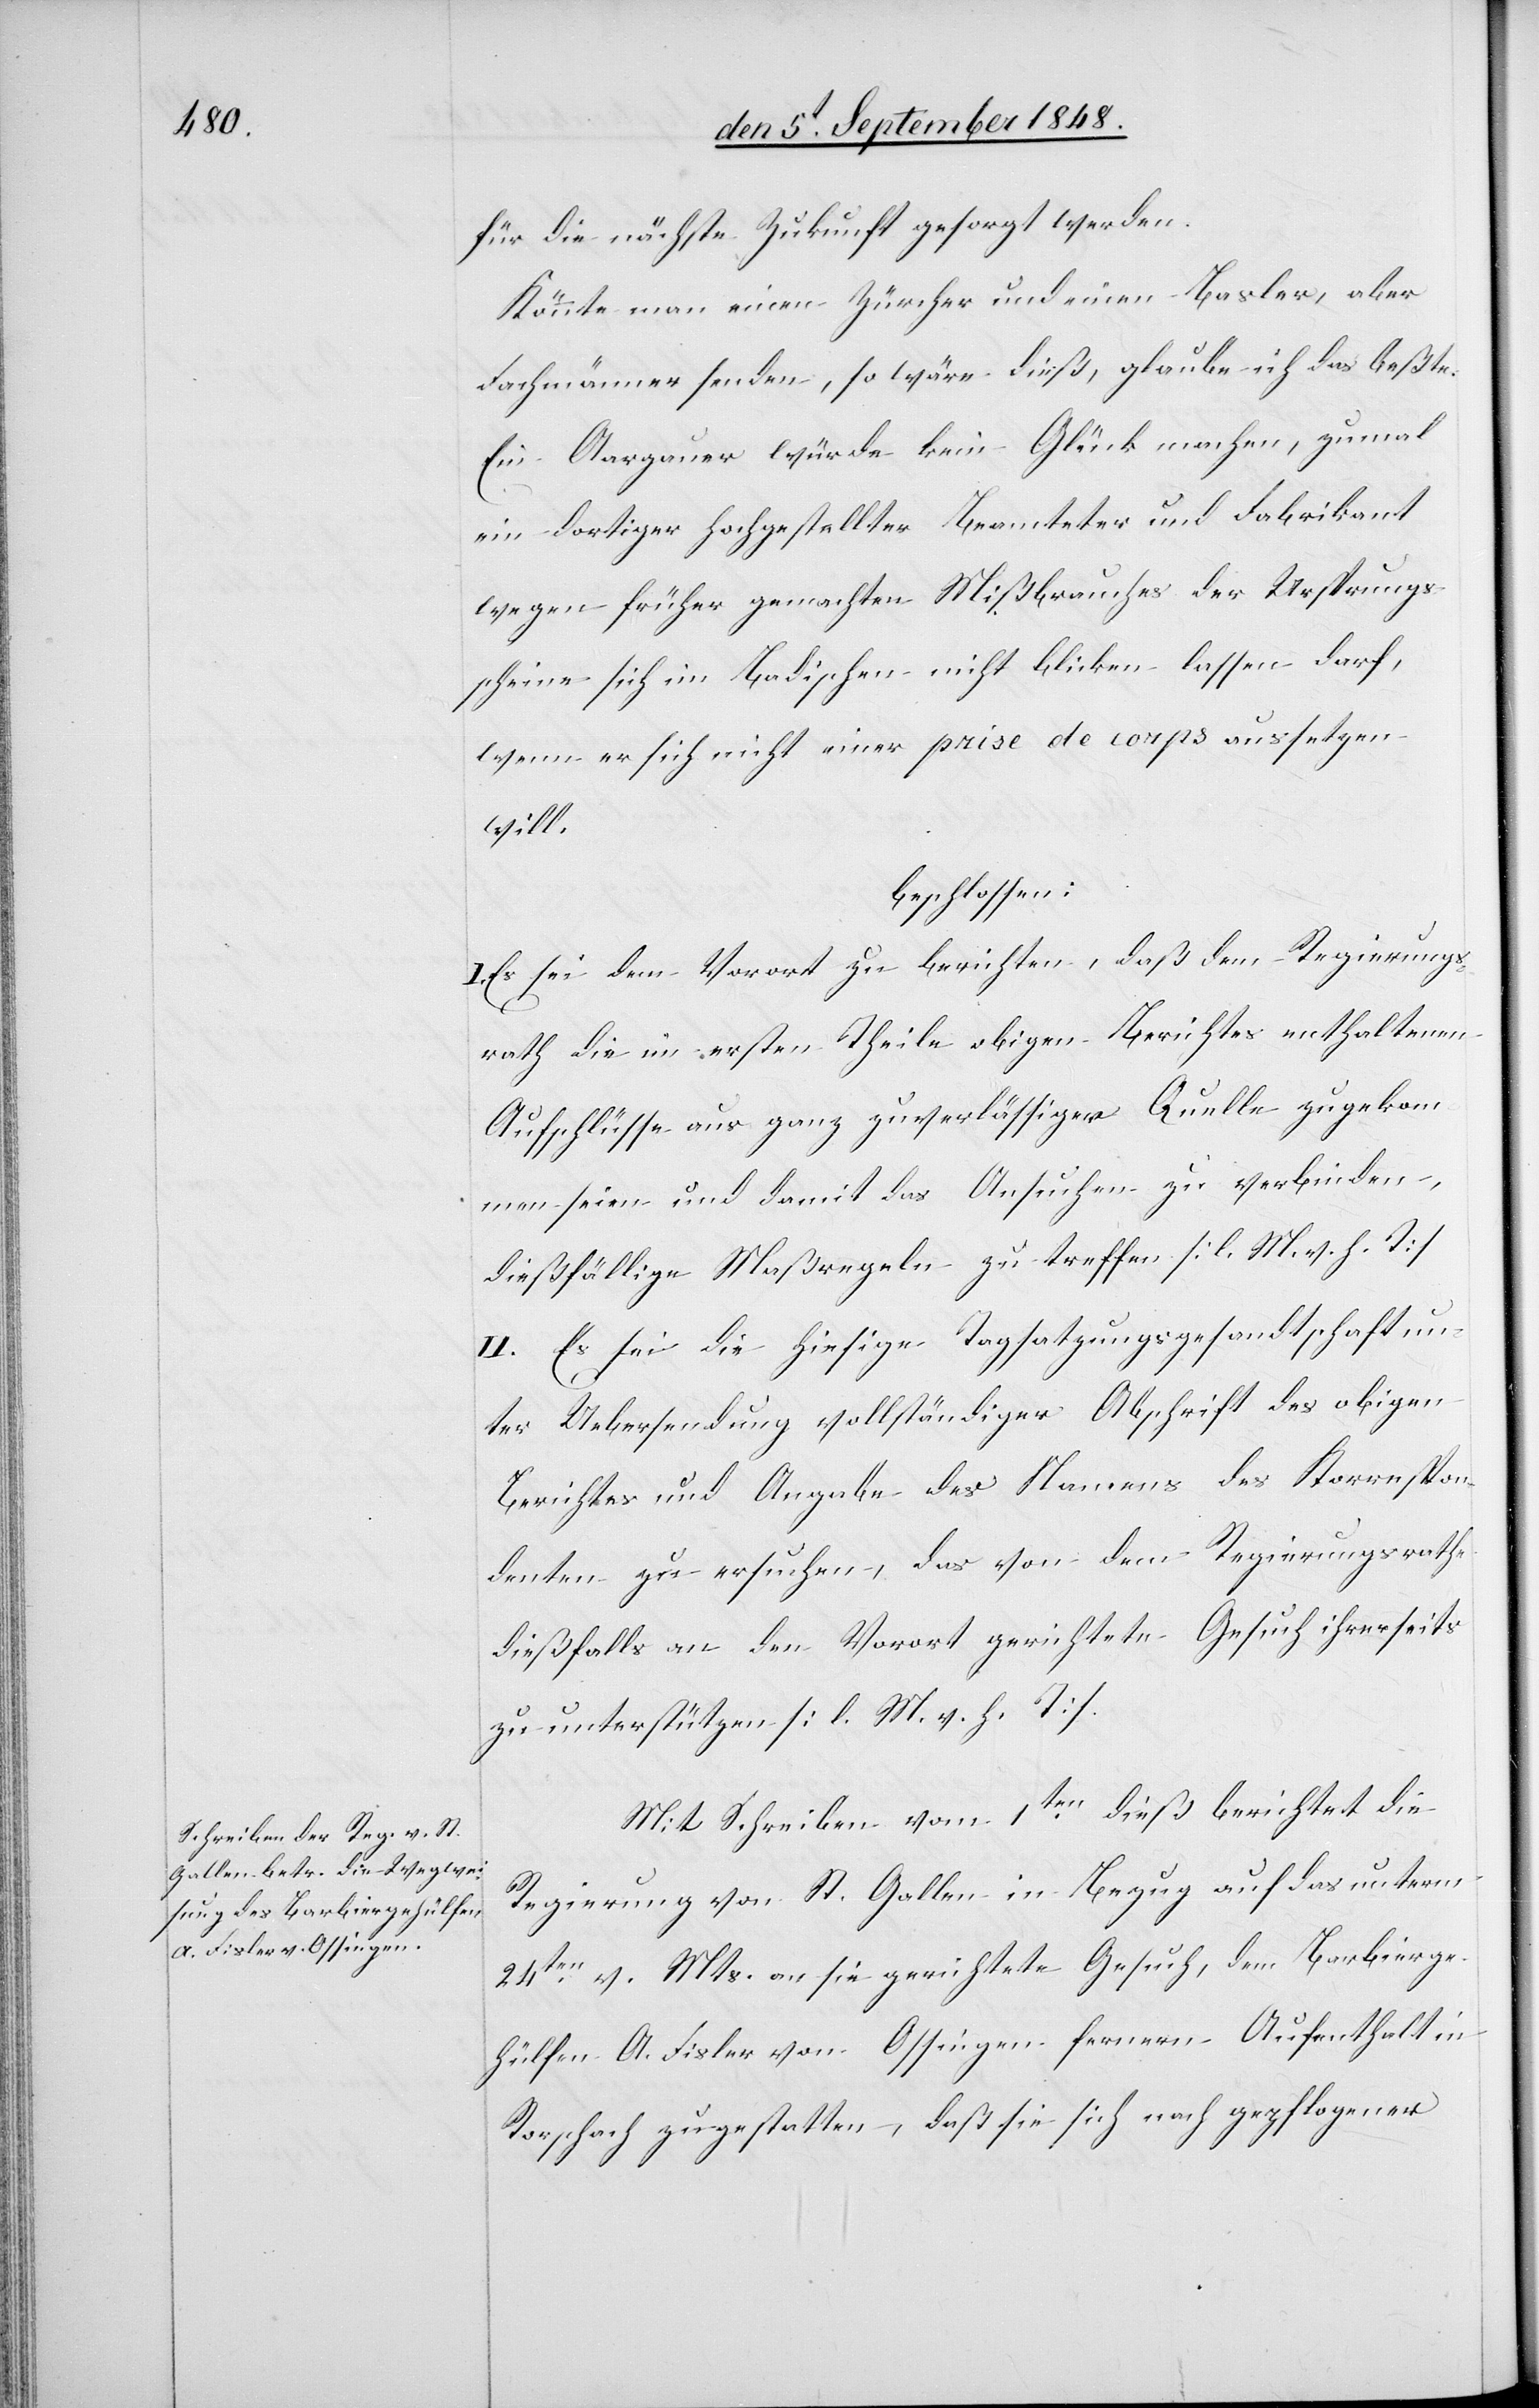
für die nächste Zukunft gesorgt werden.
Könnte man einen Zürcher und einen Basler, aber
Fachmänner senden, so wäre dieß, glaube ich das beßte.
Ein Aargauer würde kein Glück machen, zumal
ein dortiger hochgestellter Beamteter und Fabrikant
wegen früher gemachten Mißbrauchs der Ursprungs¬
scheine sich im Badischen nicht blicken lassen darf,
wenn er sich nicht einer prise de corps aussetzen
will.
beschlossen:
I. Es sei dem Vorort zu berichten, daß dem Regierungs¬
rath die im ersten Theile obigen Berichtes enthaltenen
Aufschlüsse aus ganz zuverlässiger Quelle zugekom¬
men seien und damit das Ansuchen zu verbinden,
dießfällige Maßregeln zu treffen. [l. M. v. h. T]
II. Es sei die hiesige Tagsatzungsgesandtschaft un¬
ter Uebersendung vollständiger Abschrift des obigen
Berichtes und Angabe des Namens des Korrespon¬
denten zu ersuchen, das von dem Regierungsrathe
dießfalls an den Vorort gerichtete Gesuch ihrerseits
zu unterstützen. [l. M. v. h. T]
Mit Schreiben vom 1ten dieß berichtet die
Regierung von St. Gallen in Bezug auf das unterm
24ten v. Mts. an sie gerichtete Gesuch, dem Barbierge¬
hülfen A. Fisler von Ossingen fernern Aufenthalt in
Rorschach zugestatten, daß sie sich nach gepflogener